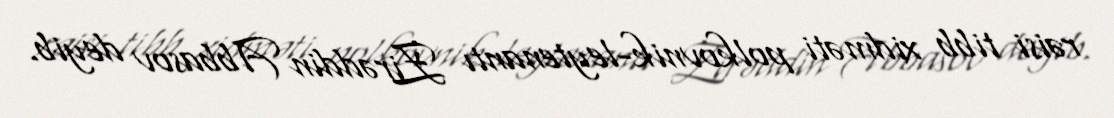
rəisi tibb xidməti polkovnik-leytenantı Zirəddin Abbasov deyib.